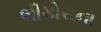
ભીમોરાના